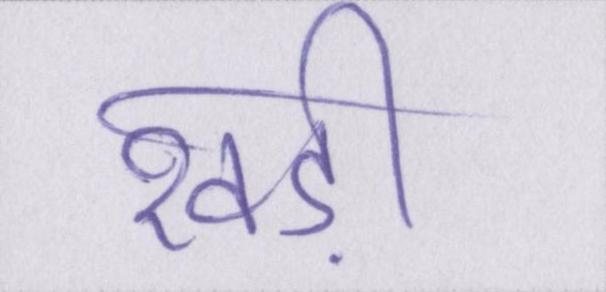
खड़ी